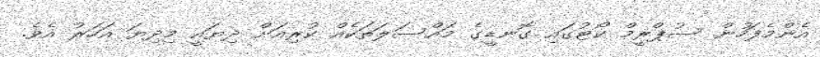
އެންމެފަހުން ސުޕްރީމް ކޯޓުގައި ގޮނޑީގެ މައްސަލަތަކެއް ކުރިއަށް ދިޔައީ މިދިޔަ އަހަރު އެވެ.